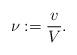
LaTeX: \begin{align*}\nu:=\frac{v}{V}.\end{align*}